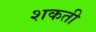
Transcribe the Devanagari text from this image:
शकती